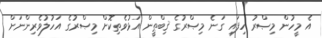
އެ މީހުން މިޞްރު ހިފައި ގަނެ މިޞްރުގެ ޤިބްޠީން އަޅުވެތިކޮށް މިޞްރުގެ އަހުލުވެރިންނަށް